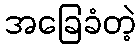
အခြေခံတဲ့